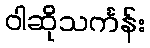
ဝါဆိုသင်္ကန်း